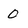
Character: 0